Lunatic asylums Burma 1907-21 - 1907-1921
Year: 1907
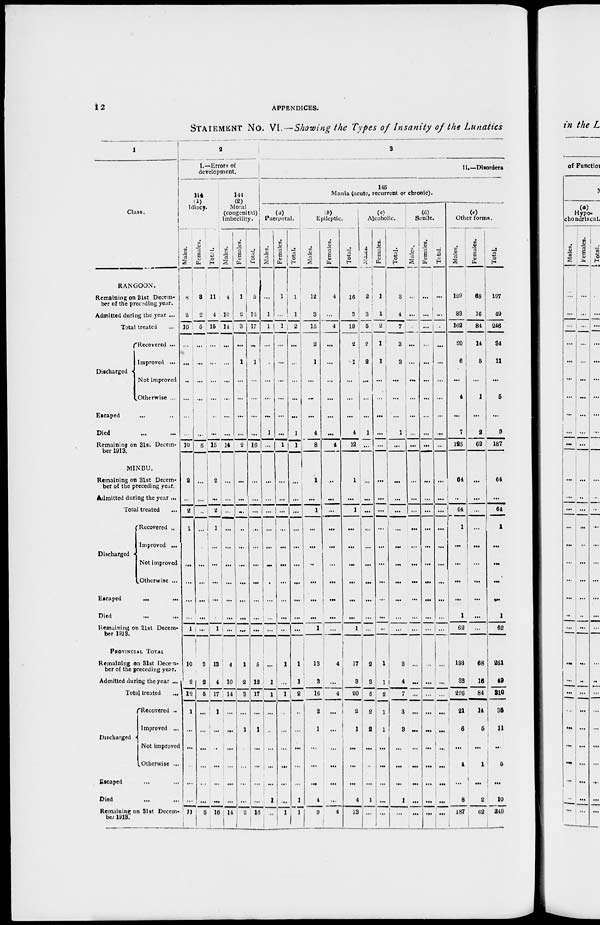
12
APPENDICES.
STATEMENT No. VI. — Showing the Types of Insanity of the Lunatics
1
Class.
RANGOON.
Remaining on 31st Decem-
ber of the preceding year.
Admitted during the year ...
Total treated ...
Discharged
Recovered ...
Improved ...
Not improved
Otherwise ...
Escaped ... ...
Died ... ...
Remaining on 31st Decem-
ber 1913.
MINBU.
Remaining on 31st Decem-
ber of the preceding year.
Admitted during the year ...
Total treated ...
Discharged
Recovered ...
Improved ...
Not improved
Otherwise ...
Escaped
...
...
Died ... ...
Remaining on 31st Decem-
ber 1913.
PROVINCIAL TOTAL
Remaining on 31st Decem-
ber of the preceding year.
Admitted during the year ...
Total treated
...
Discharged
Recovered ...
Improved ...
Not improved
Otherwise ...
Escaped ... ...
Died ... ...
Remaining on 31st Decem-
ber 1918.
2
I.—Errors of
development.
114
(1)
Idiocy.
Males.
8
2
10
...
...
...
...
...
...
10
2
...
2
1
...
...
...
...
...
1
10
2
12
1
...
...
...
...
...
11
Females.
3
2
5
...
...
...
...
...
...
5
...
...
...
...
...
...
...
...
...
...
3
2
5
...
...
...
...
...
...
5
Total.
11
4
15
...
...
...
...
...
...
15
2
...
2
1
...
...
...
...
...
1
13
4
17
1
...
...
...
...
...
16
144
(2)
Moral
(congenital)
imbecility.
Males.
4
10
14
...
...
...
...
...
...
14
...
...
...
...
...
...
...
...
...
...
4
10
14
...
...
...
...
...
...
14
Females.
1
2
3
...
1
...
...
...
...
2
...
...
...
...
...
...
...
...
...
...
1
2
3
...
1
...
...
...
...
2
Total.
5
12
17
...
1
...
...
...
...
16
...
...
...
...
...
...
...
...
...
...
5
12
17
...
1
...
...
...
...
16
3
II.—Disorders
145
Mania (acute, recurrent or chronic).
(a)
Puerperal.
Males.
...
1
1
...
...
...
...
...
1
...
...
...
...
...
...
...
...
...
...
...
...
1
1
...
...
...
...
...
1
...
Females.
1
...
1
...
...
...
...
...
...
1
...
...
...
...
...
...
...
...
...
...
1
...
1
...
...
...
...
...
...
1
Total.
1
1
2
...
...
...
...
...
1
1
...
...
...
...
...
...
...
...
...
...
1
1
2
...
...
...
...
...
1
1
(b)
Epileptic.
Males.
12
3
15
2
1
...
...
...
4
8
1
...
1
...
...
...
...
...
...
1
13
3
16
2
1
...
...
...
4
9
Females.
4
...
4
...
...
...
...
...
...
4
...
...
...
...
...
...
...
...
...
...
4
...
4
...
...
...
...
...
...
4
Total.
16
3
19
2
1
...
...
...
4
12
1
...
1
...
...
...
...
...
...
1
17
3
20
2
1
...
...
...
4
13
(c)
Alcoholic.
Males.
2
3
5
2
2
...
...
...
1
...
...
...
...
...
...
...
...
...
...
...
2
3
5
2
2
...
...
...
1
...
Females.
1
1
2
1
1
...
...
...
...
...
...
...
...
...
...
...
...
...
...
...
1
1
2
1
1
...
...
...
...
...
Total.
3
4
7
3
3
...
...
...
1
...
...
...
...
...
...
...
...
...
...
...
3
4
7
3
3
...
...
...
1
...
(d)
Senile.
Males.
...
...
...
...
...
...
...
...
...
...
...
...
...
...
...
...
...
...
...
...
...
...
...
...
...
...
...
...
...
...
Females.
...
...
...
...
...
...
...
...
...
...
...
...
...
...
...
...
...
...
...
...
...
...
...
...
...
...
...
...
...
...
Total.
...
...
...
...
...
...
...
...
...
...
...
...
...
...
...
...
...
...
...
...
...
...
...
...
...
...
...
...
...
...
(e)
Other forms.
Males.
129
33
162
20
6
...
4
...
7
125
64
...
64
1
...
...
...
...
1
62
193
33
226
21
6
...
4
...
8
187
Females.
68
16
84
14
5
...
1
...
2
62
...
...
...
...
...
...
...
...
...
...
68
16
84
14
5
...
1
...
2
62
Total.
197
49
246
34
11
...
5
...
9
187
64
...
64
1
...
...
...
...
1
62
261
49
310
35
11
...
5
...
10
249